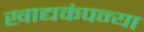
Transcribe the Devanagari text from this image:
खाद्यकंपन्या